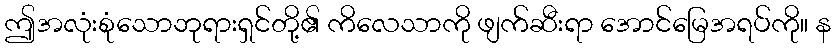
ဤအလုံးစုံသောဘုရားရှင်တို့၏ ကိလေသာကို ဖျက်ဆီးရာ အောင်မြေအရပ်ကို။ န